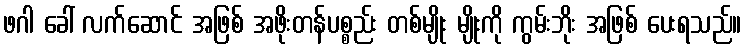
ဖဂါ ခေါ် လက်ဆောင် အဖြစ် အဖိုးတန်ပစ္စည်း တစ်မျိုး မျိုးကို ကွမ်းဘိုး အဖြစ် ပေးရသည်။